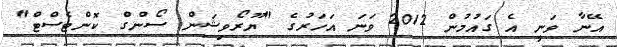
އޭނާ ވަނީ އެ ގައުމުން 2012 ވަނަ އަހަރުގެ "ޔޫރޯވިޝަން ސޯންގް ކޮންޓެސްޓް"